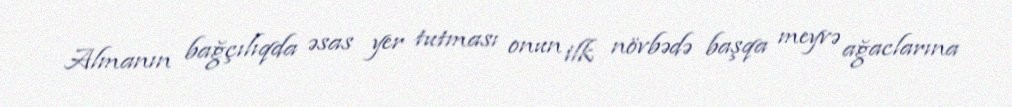
Almanın bağçılıqda əsas yer tutması onun ilk növbədə başqa meyvə ağaclarına